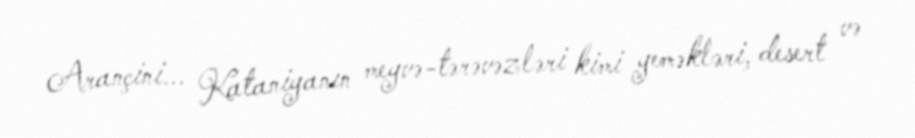
Arançini... Kataniyanın meyvə-tərəvəzləri kimi yeməkləri, desert və